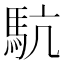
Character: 䭺